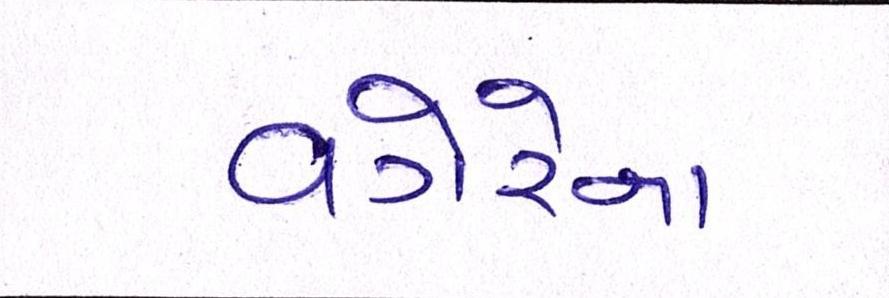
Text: વગેરેના